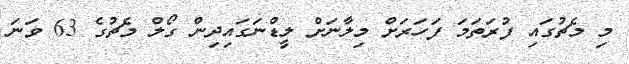
މި މެޗުގައި ފުރަތަމަ ފަހަރަށް މިލާނަށް ލީޑްނަގައިދިން ގޯލް މެޗުގެ 63 ވަނަ